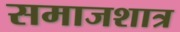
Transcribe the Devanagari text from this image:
समाजशात्र